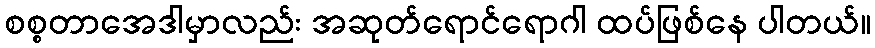
စစ္စတာအေဒါမှာလည်း အဆုတ်ရောင်ရောဂါ ထပ်ဖြစ်နေ ပါတယ်။